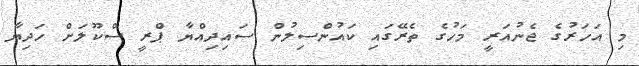
މި އަހަރުގެ ޖެނުއަރީ މަހުގެ ތެރޭގައި ކައުންސިލުން ސައިދިއްޔާ ޕްރީ ސްކޫލަށް ހަދިޔާ